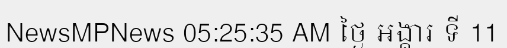
NewsMPNews 05:25:35 AM ថ្ងៃ អង្គារ ទី 11